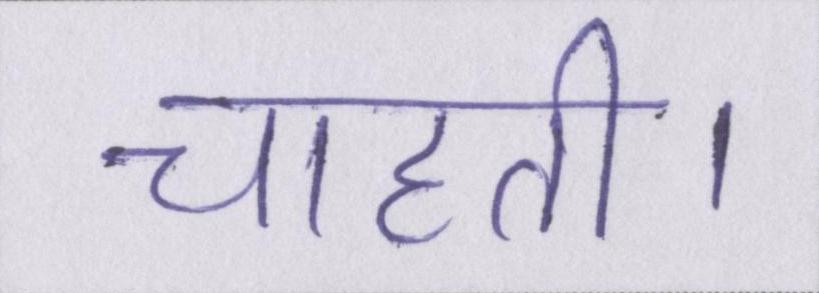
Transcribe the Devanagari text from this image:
चाहती।